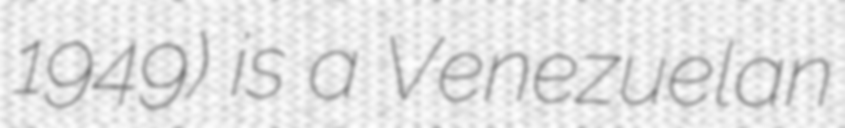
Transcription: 1949) is a Venezuelan